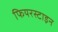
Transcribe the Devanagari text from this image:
फियरस्टाइन